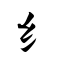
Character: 纟